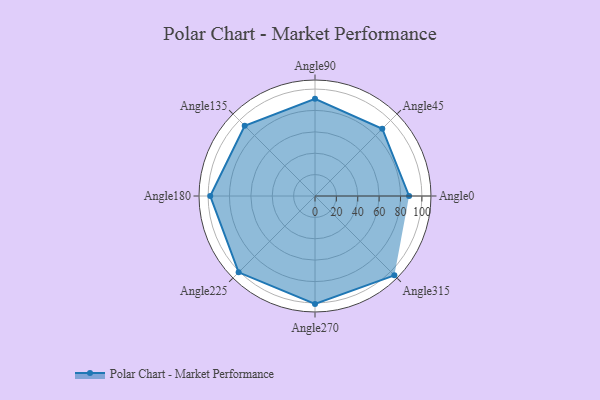
{"axis": {"x": "Angle", "y": "Radius"}, "legend": [""], "data": [{"x": "Angle0", "y": 88.0, "type": ""}, {"x": "Angle45", "y": 89.0, "type": ""}, {"x": "Angle90", "y": 91.0, "type": ""}, {"x": "Angle135", "y": 93.0, "type": ""}, {"x": "Angle180", "y": 98.0, "type": ""}, {"x": "Angle225", "y": 101.0, "type": ""}, {"x": "Angle270", "y": 101.0, "type": ""}, {"x": "Angle315", "y": 105.0, "type": ""}]}